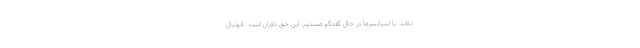
ته‌اند. با اسپانسر‌ها در حال گفتگو هستیم. این حق داوران است. فوتبال